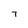
Character: 7